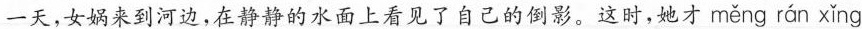
一天，女娲来到河边，在静静的水面上看见了自己的倒影。这时，她才 měng rán xǐng